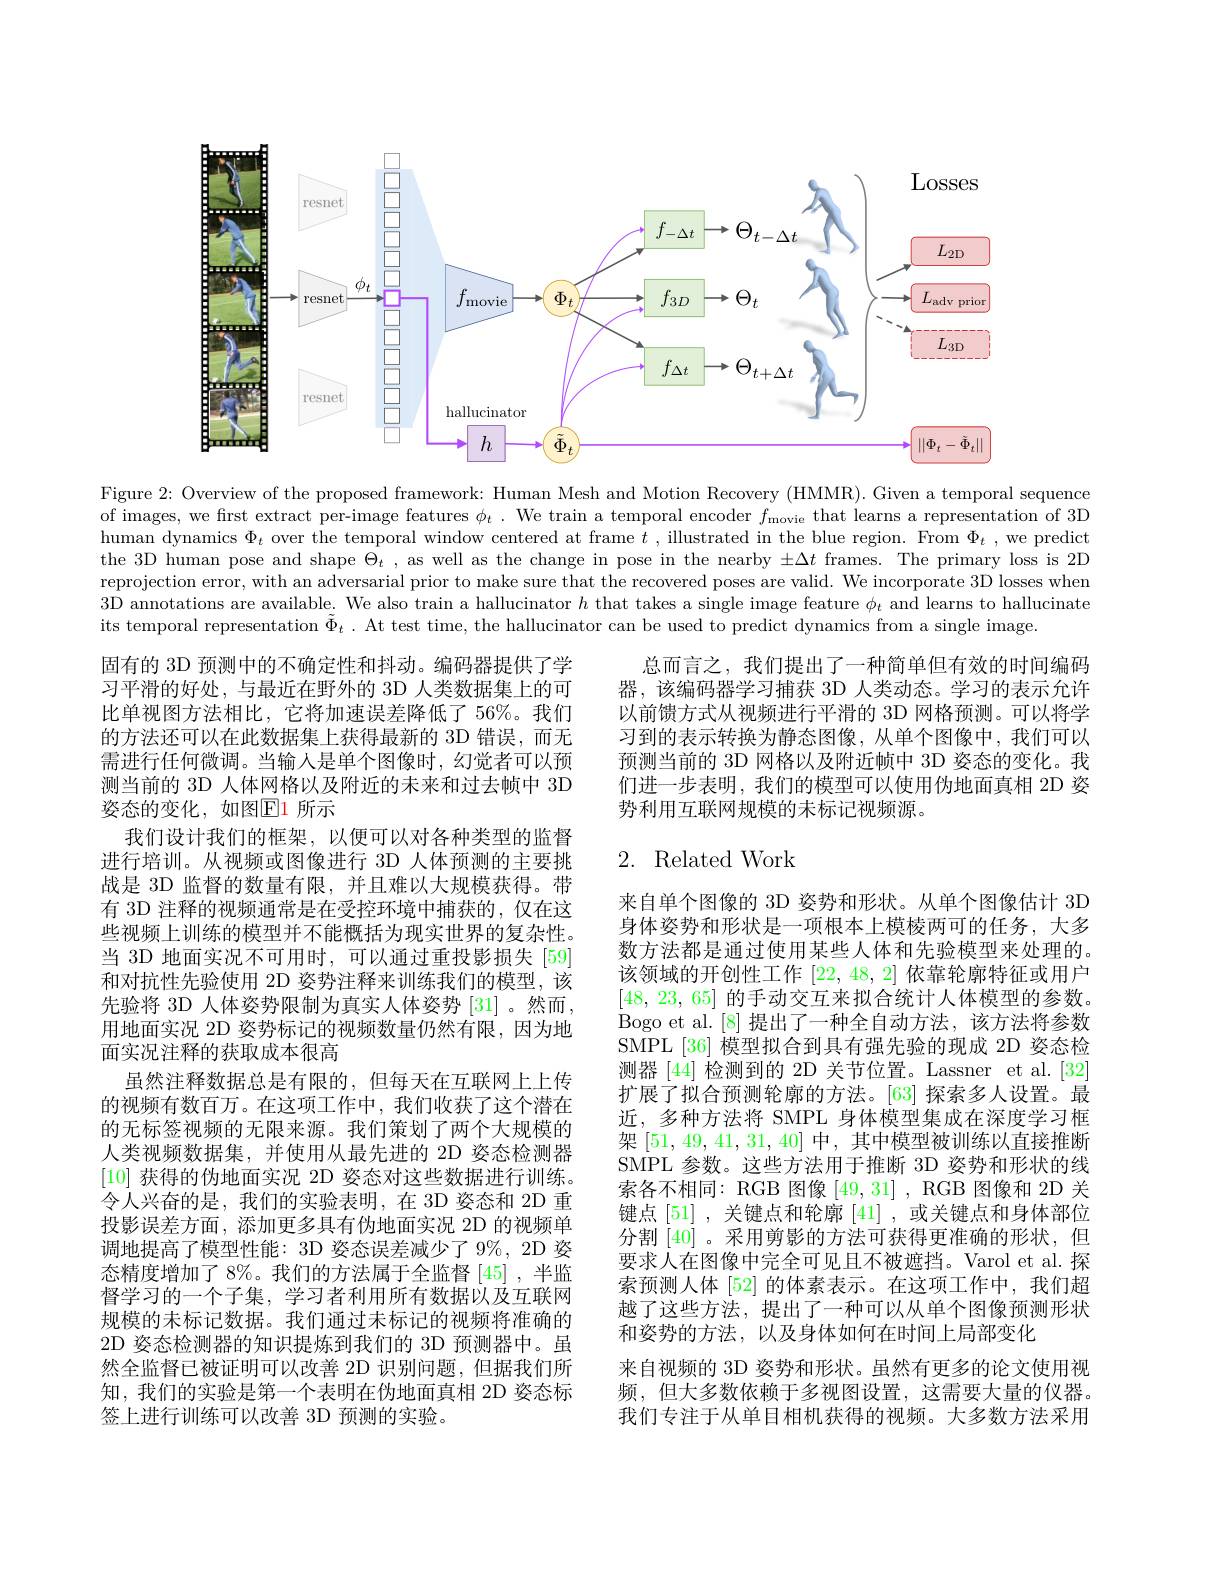
<FigureHere>

Figure 2: Overview of the proposed framework: Human Mesh and Motion Recovery (HMMR). Given a temporal sequence of images, we first extract per-image features $\phi_t.$ We train a temporal encoder $f_\text{movie}$ that learns a representation of 3D human dynamics $\Phi_t$ over the temporal window centered at frame $t$ , illustrated in the blue region. From $\Phi_t$ ,we predict the 3D human pose and shape $\Theta_t$, as well as the change in pose in the nearby $\pm\Delta t$ frames. The primary loss is 2D reprojection error, with an adversarial prior to make sure that the recovered poses are valid. We incorporate 3D losses when 3D annotations are available. We also train a hallucinator $h$ that takes a single image feature $\phi_t$ and learns to hallucinate its temporal representation $\tilde{\Phi}_t.$ At test time, the hallucinator can be used to predict dynamics from a single image.

总而言之，我们提出了一种简单但有效的时间编码器 , 该编码器学习捕获 3D 人类动态。学习的表示允许以前馈方式从视频进行平滑的 3D 网格预测。可以将学习到的表示转换为静态图像，从单个图像中，我们可以预测当前的 3D 网格以及附近帧中 3D 姿态的变化。我们进一步表明，我们的模型可以使用伪地面真相 2D 姿势利用互联网规模的未标记视频源。

# 2. Related Work

固有的 3D 预测中的不确定性和抖动。编码器提供了学习平滑的好处，与最近在野外的 3D 人类数据集上的可比单视图方法相比，它将加速误差降低了56%。我们的方法还可以在此数据集上获得最新的 3D 错误，而无需进行任何微调。当输入是单个图像时，幻觉者可以预测当前的 3D 人体网格以及附近的未来和过去帧中 3D 姿态的变化，如图$\mathbb{E}$1 所示
我们设计我们的框架，以便可以对各种类型的监督进行培训。从视频或图像进行 3D 人体预测的主要挑战是 3D 监督的数量有限，并且难以大规模获得。带有 3D 注释的视频通常是在受控环境中捕获的，仅在这些视频上训练的模型并不能概括为现实世界的复杂性。当 3D 地面实况不可用时，可以通过重投影损失[59] 和对抗性先验使用 2D 姿势注释来训练我们的模型，该先验将 3D 人体姿势限制为真实人体姿势 [31] 。然而， 用地面实况 2D 姿势标记的视频数量仍然有限，因为地面实况注释的获取成本很高
虽然注释数据总是有限的，但每天在互联网上上传的视频有数百万。在这项工作中，我们收获了这个潜在的无标签视频的无限来源。我们策划了两个大规模的人类视频数据集，并使用从最先进的 2D 姿态检测器[10]获得的伪地面实况 2D 姿态对这些数据进行训练。令人兴奋的是，我们的实验表明，在 3D 姿态和 2D 重投影误差方面，添加更多具有伪地面实况 2D 的视频单调地提高了模型性能：3D 姿态误差减少了 9%, 2D 姿态精度增加了 8%。我们的方法属于全监督[45] ,半监督学习的一个子集，学习者利用所有数据以及互联网规模的未标记数据。我们通过未标记的视频将准确的2D 姿态检测器的知识提炼到我们的 3D 预测器中。虽然全监督已被证明可以改善 2D 识别问题，但据我们所知，我们的实验是第一个表明在伪地面真相 2D 姿态标签上进行训练可以改善 3D 预测的实验。

来自单个图像的 3D 姿势和形状。从单个图像估计 3D 身体姿势和形状是一项根本上模棱两可的任务，大多数方法都是通过使用某些人体和先验模型来处理的。该领域的开创性工作[22,48,2]依靠轮廓特征或用户[48, 23, 65]的手动交互来拟合统计人体模型的参数。Bogo et al.[8] 提出了一种全自动方法，该方法将参数SMPL[36] 模型拟合到具有强先验的现成 2D 姿态检测器 [44] 检测到的 2D 关节位置。Lassner et al.[32] 扩展了拟合预测轮廓的方法。[63] 探索多人设置。最近，多种方法将 SMPL 身体模型集成在深度学习框架[51,49,41,31,40]中，其中模型被训练以直接推断SMPL 参数。这些方法用于推断 3D 姿势和形状的线索各不相同：RGB 图像[49,31] , RGB 图像和 2D 关键点[51],关键点和轮廓$\left[41\right]$,或关键点和身体部位分割[40] 。采用剪影的方法可获得更准确的形状，但要求人在图像中完全可见且不被遮挡。Varol et al.探索预测人体 [52] 的体素表示。在这项工作中，我们超越了这些方法，提出了一种可以从单个图像预测形状和姿势的方法，以及身体如何在时间上局部变化
来自视频的 3D 姿势和形状。虽然有更多的论文使用视频，但大多数依赖于多视图设置，这需要大量的仪器。我们专注于从单目相机获得的视频。大多数方法采用